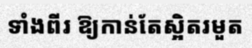
ទាំងពីរ ឱ្យកាន់តែស្អិតរមួត